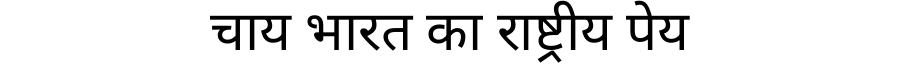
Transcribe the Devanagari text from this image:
चाय भारत का राष्ट्रीय पेय